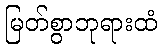
မြတ်စွာဘုရားထံ